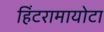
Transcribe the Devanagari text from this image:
हिंटरामायोटा